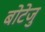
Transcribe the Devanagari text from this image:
बोटेजु